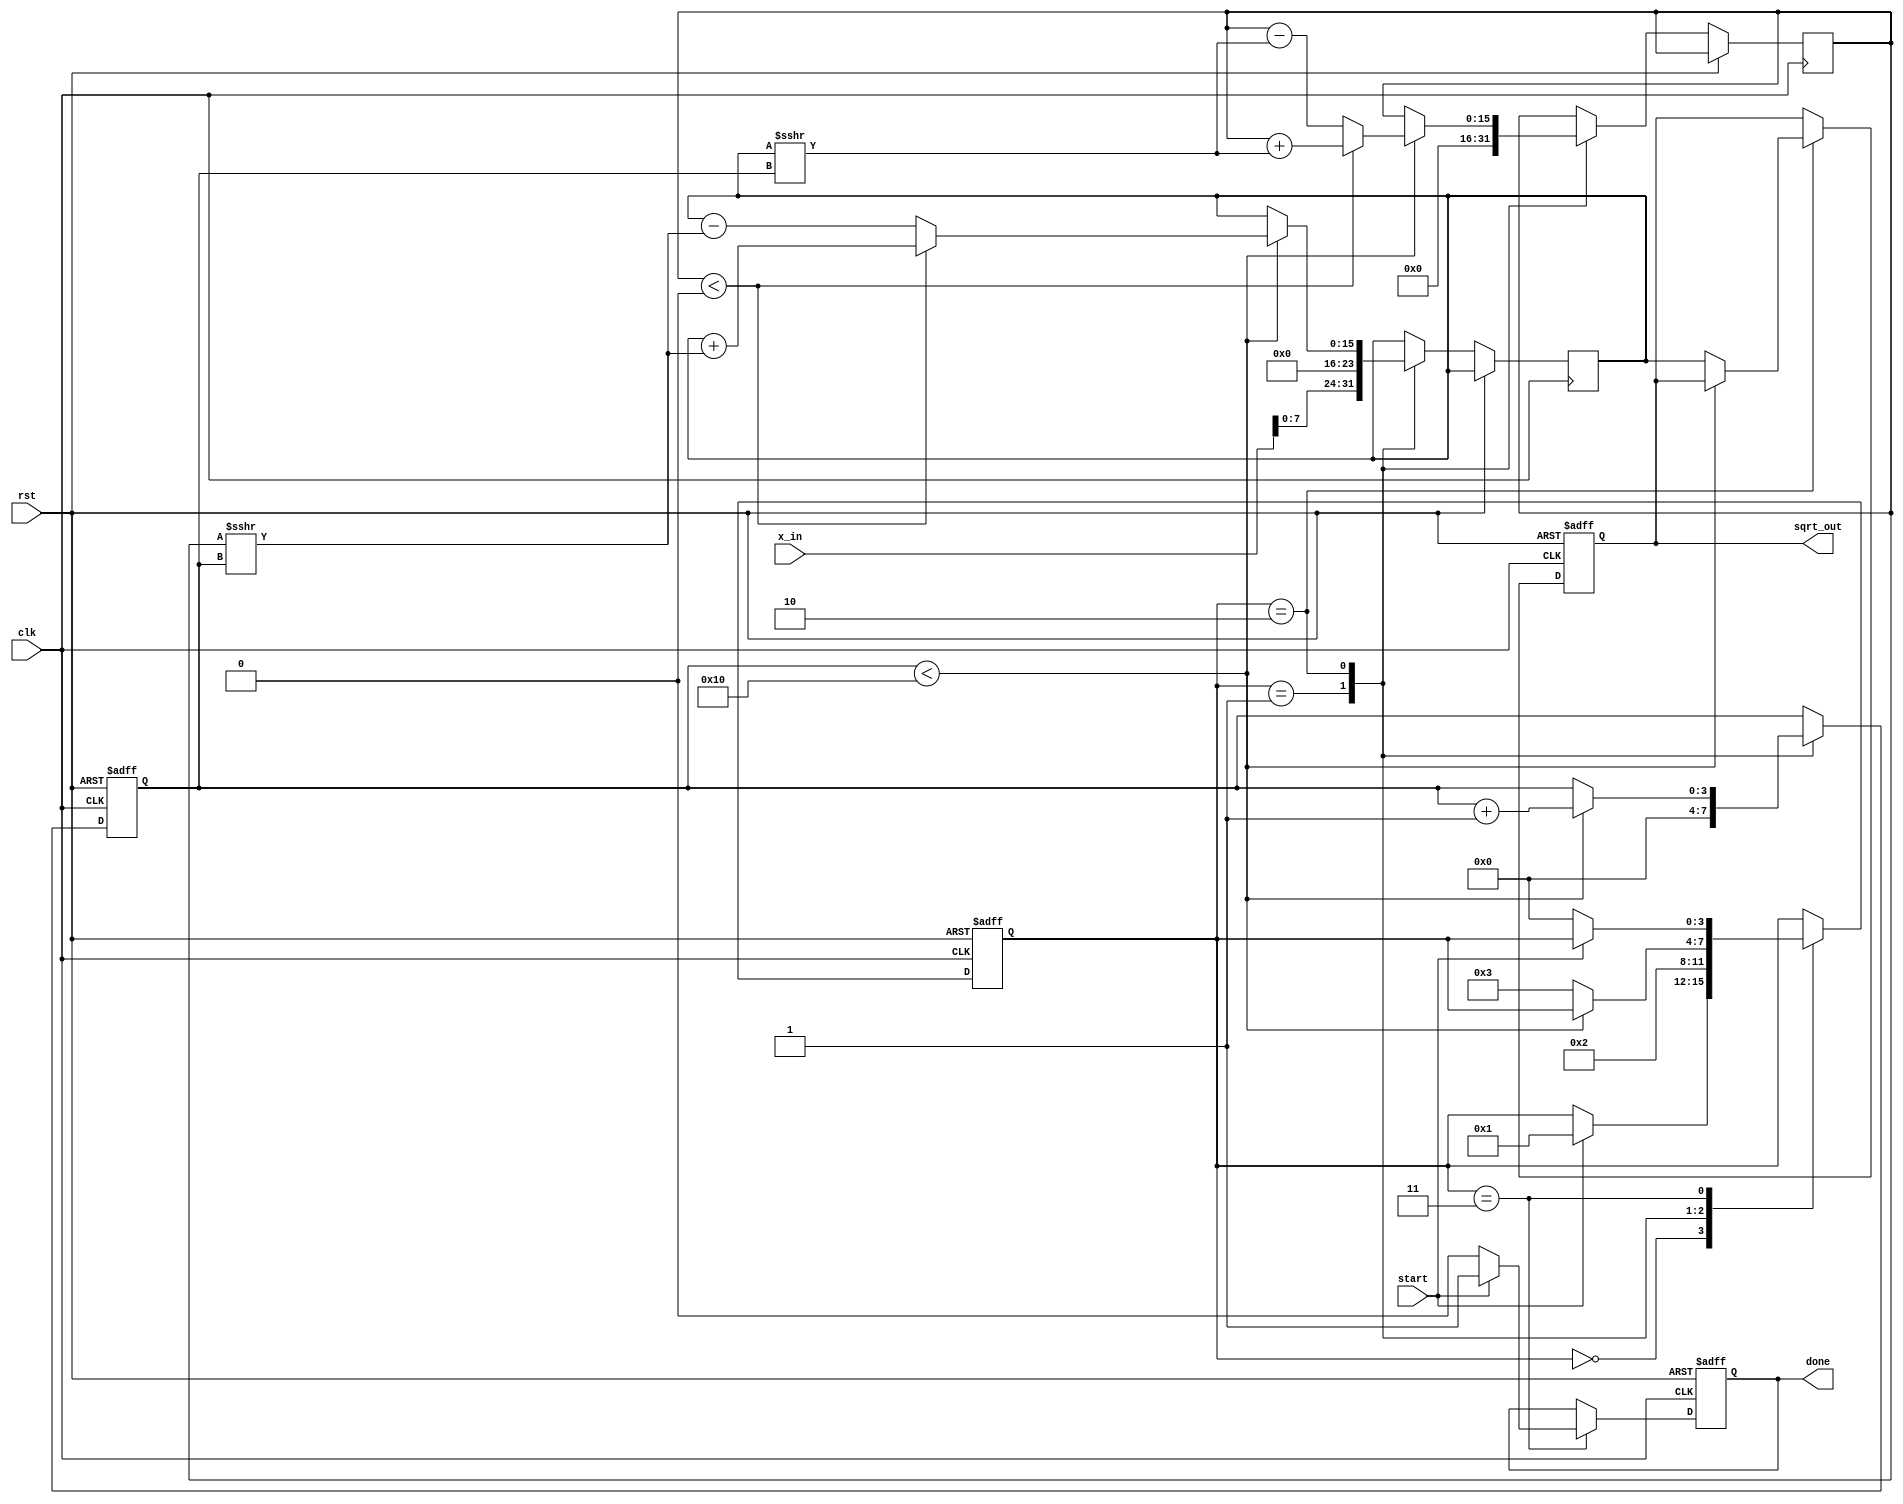
module cordic_sqrt (
    input wire clk,
    input wire rst,
    input wire [15:0] x_in,  // Input value for which to calculate the square root
    input wire start,         // Start signal for the calculation
    output reg [15:0] sqrt_out, // Output square root value
    output reg done           // Done signal to indicate completion
);
    // Parameters
    parameter NUM_ITERATIONS = 16; // Number of CORDIC iterations
    parameter FIXED_POINT_FRACTION_BITS = 8; // Number of fractional bits for fixed-point representation

    // Internal registers
    reg [15:0] x, y; // x and y values in CORDIC
    reg [15:0] z;    // Angle (used for rotation)
    reg [3:0] state; // FSM state
    reg [3:0] iter;  // Iteration counter

    // CORDIC constants (for rotation angles)
    reg [15:0] atan_table [0:NUM_ITERATIONS-1];
    initial begin
        // Pre-computed arctan values for CORDIC
        atan_table[0] = 16'h2000; // atan(2^0)
        atan_table[1] = 16'h1400; // atan(2^-1)
        atan_table[2] = 16'h0A00; // atan(2^-2)
        atan_table[3] = 16'h0500; // atan(2^-3)
        atan_table[4] = 16'h0280; // atan(2^-4)
        atan_table[5] = 16'h0140; // atan(2^-5)
        atan_table[6] = 16'h00A0; // atan(2^-6)
        atan_table[7] = 16'h0050; // atan(2^-7)
        atan_table[8] = 16'h0028; // atan(2^-8)
        atan_table[9] = 16'h0014; // atan(2^-9)
        atan_table[10] = 16'h000A; // atan(2^-10)
        atan_table[11] = 16'h0005; // atan(2^-11)
        atan_table[12] = 16'h0002; // atan(2^-12)
        atan_table[13] = 16'h0001; // atan(2^-13)
        atan_table[14] = 16'h0000; // atan(2^-14)
        atan_table[15] = 16'h0000; // atan(2^-15)
    end

    // FSM states
    localparam IDLE = 0;
    localparam INIT = 1;
    localparam ITERATE = 2;
    localparam DONE = 3;

    // Sequential logic for state machine
    always @(posedge clk or posedge rst) begin
        if (rst) begin
            state <= IDLE;
            sqrt_out <= 0;
            done <= 0;
            iter <= 0;
        end else begin
            case (state)
                IDLE: begin
                    if (start) begin
                        state <= INIT;
                    end
                end
                INIT: begin
                    // Initialize x and y for CORDIC
                    x <= x_in << FIXED_POINT_FRACTION_BITS; // Scale input
                    y <= 0; // Initial y value
                    z <= 0; // Initial angle
                    iter <= 0; // Reset iteration counter
                    state <= ITERATE;
                end
                ITERATE: begin
                    if (iter < NUM_ITERATIONS) begin
                        // CORDIC rotation logic
                        if (y < 0) begin
                            x <= x + (y >>> iter);
                            y <= y + (x >>> iter);
                            z <= z - atan_table[iter];
                        end else begin
                            x <= x - (y >>> iter);
                            y <= y - (x >>> iter);
                            z <= z + atan_table[iter];
                        end
                        iter <= iter + 1; // Increment iteration counter
                    end else begin
                        sqrt_out <= x; // Final result is in x
                        state <= DONE; // Move to done state
                    end
                end
                DONE: begin
                    done <= 1; // Indicate completion
                    if (!start) begin
                        state <= IDLE; // Reset state machine
                        done <= 0; // Clear done signal
                    end
                end
            endcase
        end
    end
endmodule